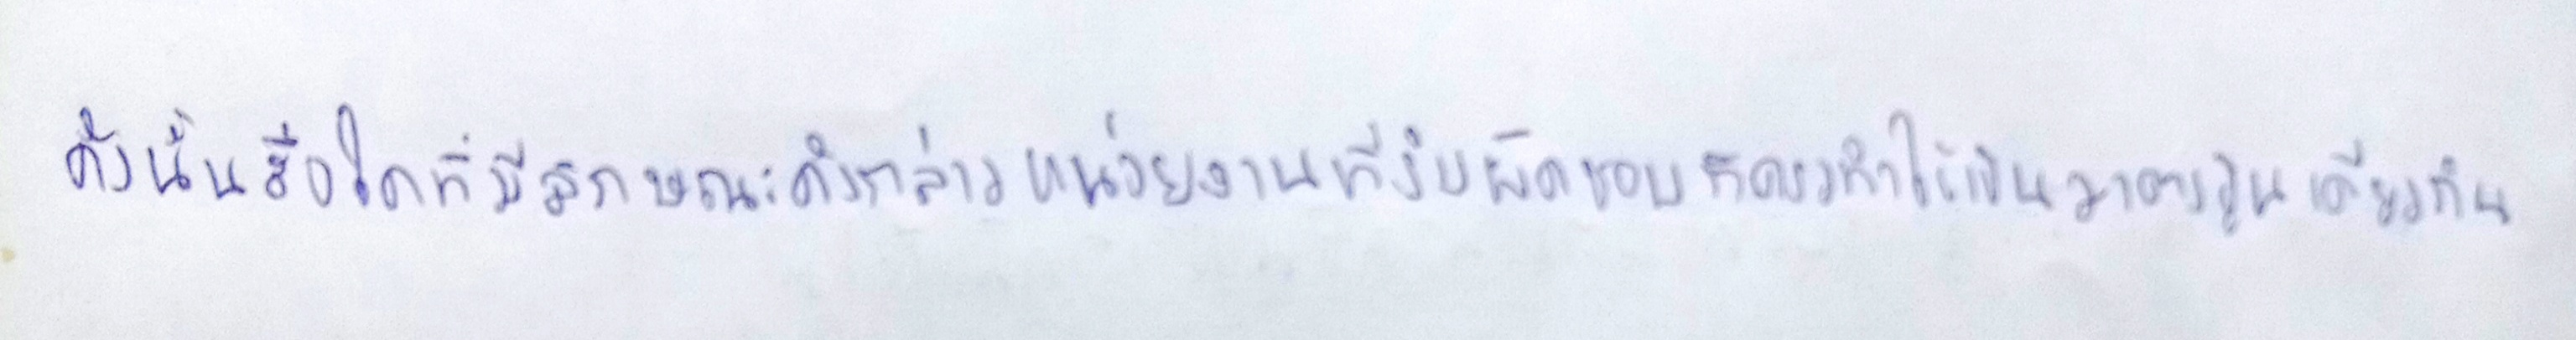
ดังนั้นสื่อใดที่มีลักษณะดังกล่าวหน่วยงานที่รับผิดชอบก็ควรทำให้เป็นมาตรฐานเดียวกัน